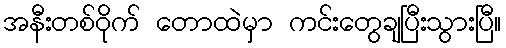
အနီးတစ်ဝိုက် တောထဲမှာ ကင်းတွေချပြီးသွားပြီ။